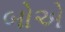
બોએ